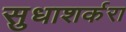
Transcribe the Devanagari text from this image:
सुधाशर्करा